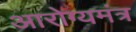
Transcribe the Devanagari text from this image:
आरोग्यमंत्र